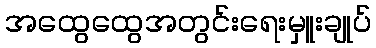
အထွေထွေအတွင်းရေးမှူးချုပ်